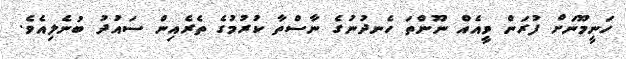
ހަނީމޫނަށް ފުރަން ވީއެއް ނޫންތަ ހެނދުނުގެ ނާސްތާ ކުރުމުގެ ތެރެއިން ސައުދު ބުނެލިއެވެ.